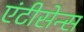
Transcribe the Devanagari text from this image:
एंटीसेन्स